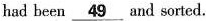
had been \underline{49}and sorted.